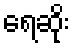
ရေဆိုး